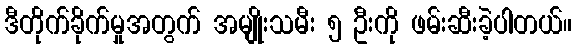
ဒီတိုက်ခိုက်မှုအတွက် အမျိုးသမီး ၅ ဦးကို ဖမ်းဆီးခဲ့ပါတယ်။